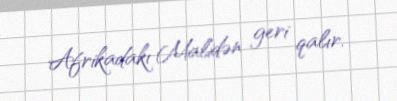
Afrikadakı Malidən geri qalır.